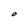
Character: O